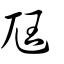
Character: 尫